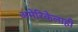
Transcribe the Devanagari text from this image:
अमेरिकेलाही